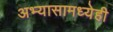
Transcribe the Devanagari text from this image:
अभ्यासामध्येही